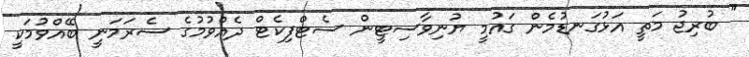
" ބުރިޖު މަތީ އަޅުގަނޑުމެން ގައުމީ ޔުނިވާސިޓީން ސެޓްފިކެޓް ދެއްވުމުގެ ސެރަމަނީ ބޭއްވުމަކީ